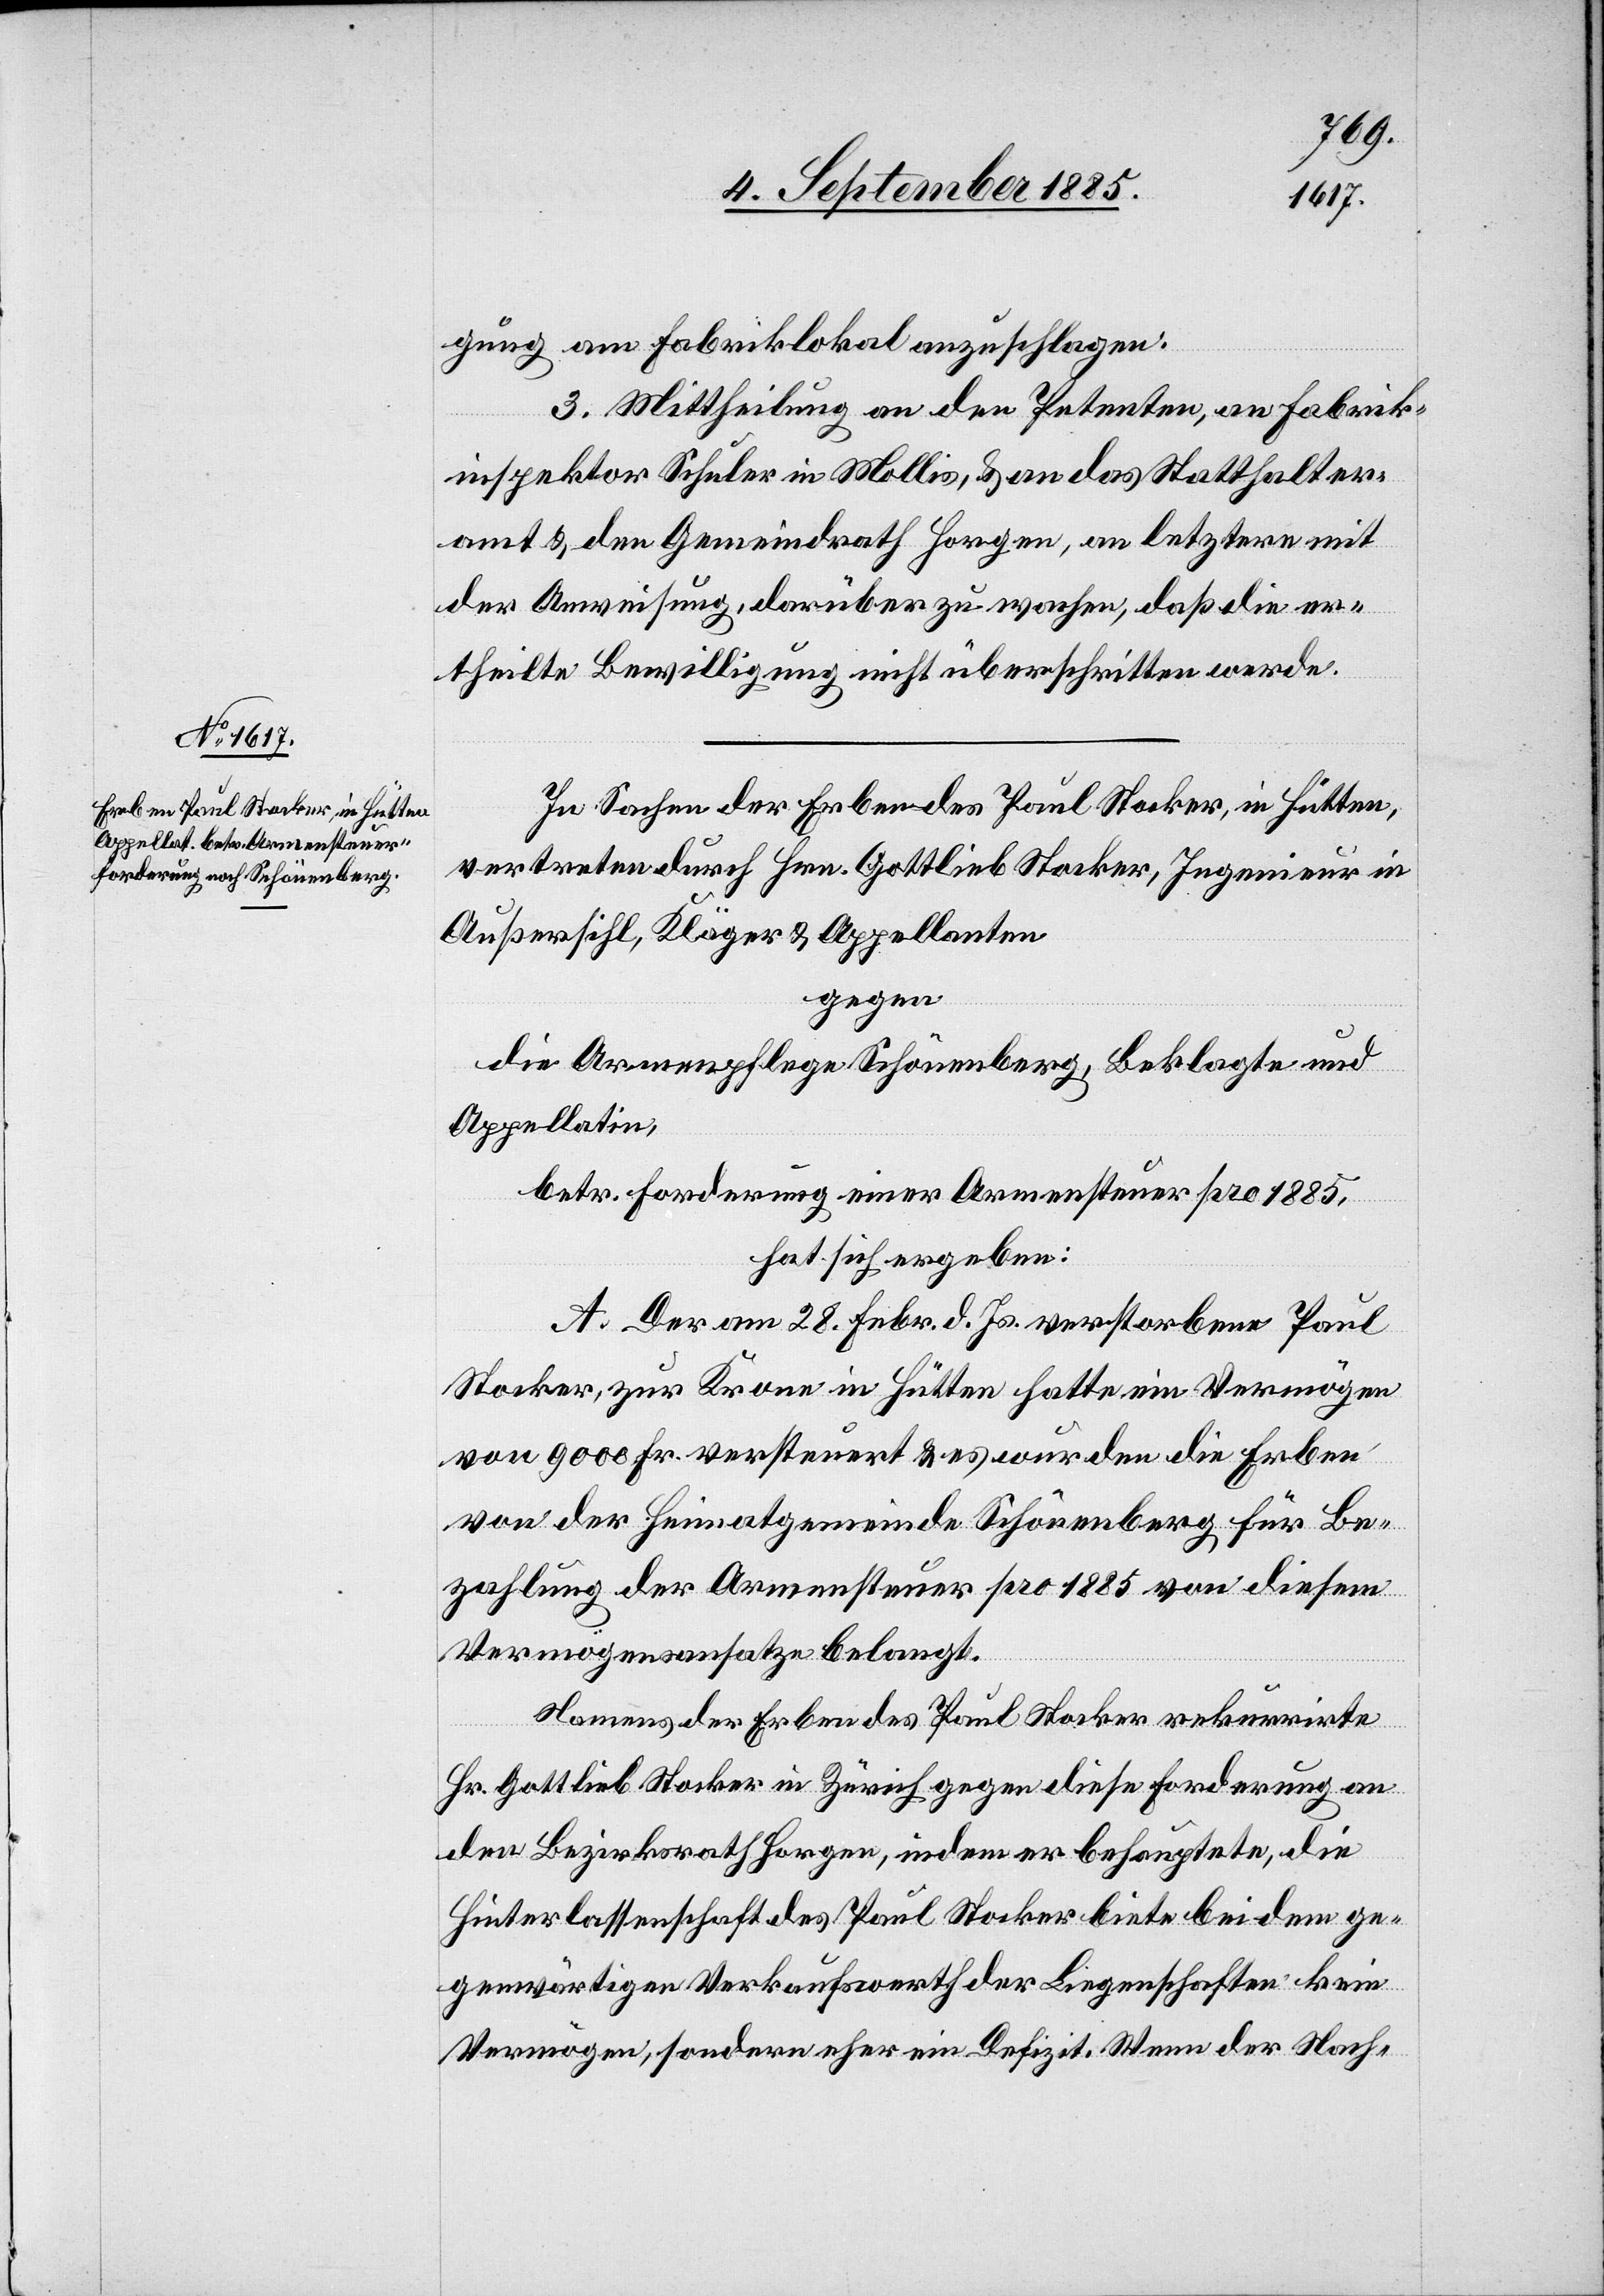
gung am Fabriklokal anzuschlagen.
3. Mittheilung an den Petenten, an Fabrik¬
inspektor Schuler in Mollis, & an das Statthalter¬
amt & den Gemeindrath Horgen, an letztern mit
der Anweisung, darüber zu wachen, daß die er¬
theilte Bewilligung nicht überschritten werde.
In Sachen der Erben des Paul Stocker, in Hütten,
vertreten durch Hrn. Gottlieb Stocker, Ingenieur in
Außersihl, Kläger & Appellanten
gegen
die Armenpflege Schönenberg, Beklagte und
Appellatin,
betr. Forderung einer Armensteuer pro 1885,
hat sich ergeben:
A. Der am 28. Febr. d. Js. verstorbene Paul
Stocker, zur Krone in Hütten hatte ein Vermögen
von 9000 Fr. versteuert & es wurden die Erben
von der Heimatgemeinde Schönenberg für Be¬
zahlung der Armensteuer pro 1885 von diesem
Vermögensansatze belangt.
Namens der Erben des Paul Stocker rekurrite
Hr. Gottlieb Stocker in Zürich gegen diese Forderung an
den Bezirksrath Horgen, indem er behauptete, die
Hinterlassenschaft des Paul Stocker biete bei dem ge¬
genwärtigen Verkaufswerth der Liegenschaften kein
Vermögen, sondern eher ein Defizit. Wenn der Nach-